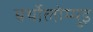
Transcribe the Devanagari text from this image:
बर्थोलोम्युइ